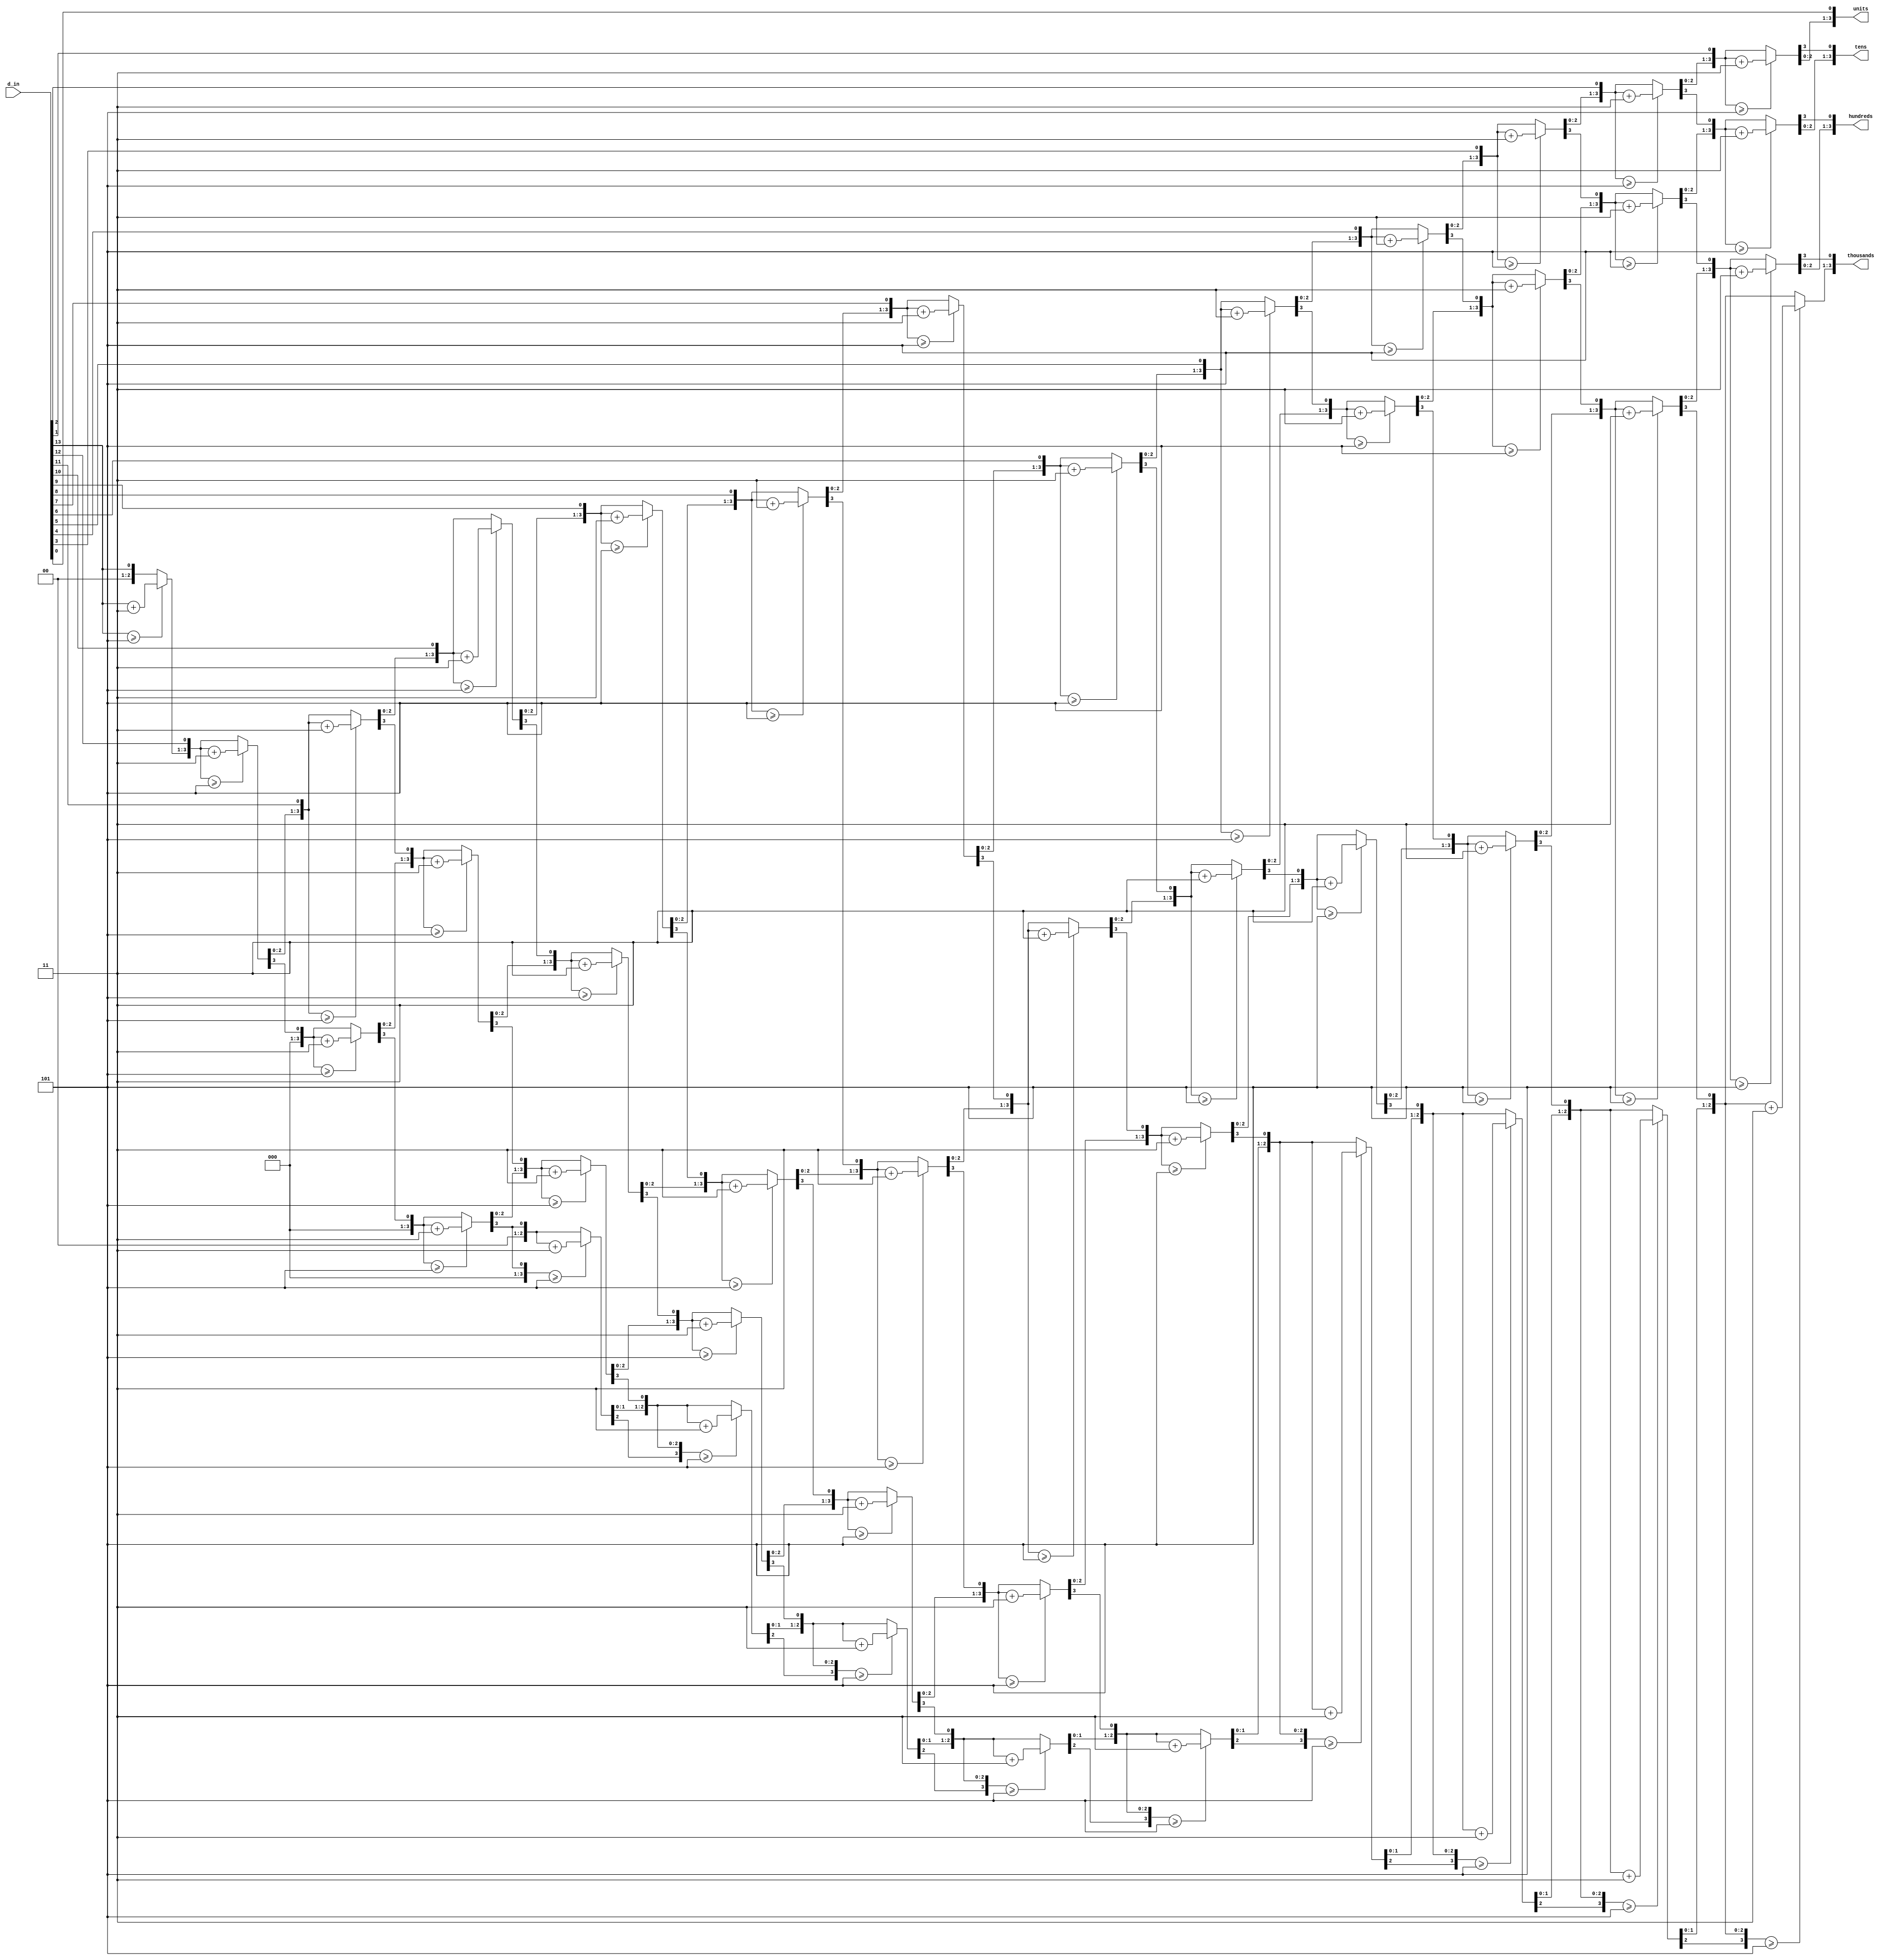

module bin_2_bcd(
	input [15:0] d_in,
	output wire [3:0] thousands,
	output wire [3:0] hundreds,
	output wire [3:0] tens,
	output wire [3:0] units
	);
	

	reg [15:0] bcd;
	assign units=bcd[3:0];
	assign tens=bcd[7:4];
	assign hundreds=bcd[11:8];
	assign thousands=bcd[15:12];
	
integer i;
	
always @(*) begin
    bcd=0;		 	
    for (i=0;i<14;i=i+1) begin					
        if (bcd[3:0] >= 5) bcd[3:0] = bcd[3:0] + 3;		
	if (bcd[7:4] >= 5) bcd[7:4] = bcd[7:4] + 3;
	if (bcd[11:8] >= 5) bcd[11:8] = bcd[11:8] + 3;
	if (bcd[15:12] >= 5) bcd[15:12] = bcd[15:12] + 3;
	bcd = {bcd[14:0],d_in[13-i]};				
    end
end
	
endmodule